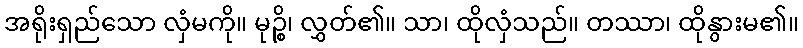
အရိုးရှည်သော လှံမကို။ မုဉ္စိ၊ လွှတ်၏။ သာ၊ ထိုလှံသည်။ တဿာ၊ ထိုနွားမ၏။